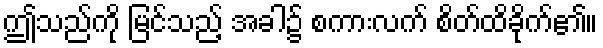
ဤသည်ကို မြင်သည့် အခါ၌ စကားလက် စိတ်ထိခိုက်၏။